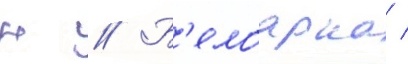
н // Б'елоарка /